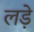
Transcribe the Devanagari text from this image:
लडे़